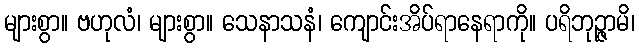
များစွာ။ ဗဟုလံ၊ များစွာ။ သေနာသနံ၊ ကျောင်းအိပ်ရာနေရာကို။ ပရိဘုဉ္ဇာမိ၊